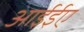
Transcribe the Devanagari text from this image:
आईईए